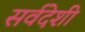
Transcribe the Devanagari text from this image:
सर्वदेशी